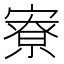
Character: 寮